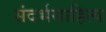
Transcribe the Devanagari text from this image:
संदर्भसाहित्य